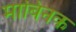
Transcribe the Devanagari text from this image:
माबिनक